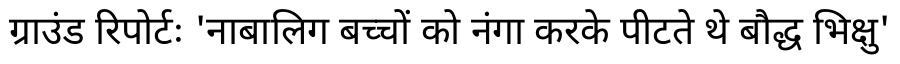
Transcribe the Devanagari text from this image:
ग्राउंड रिपोर्टः 'नाबालिग बच्चों को नंगा करके पीटते थे बौद्ध भिक्षु'